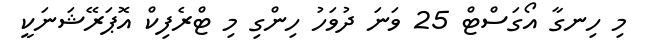
މި ހިނގާ އޯގަސްޓް 25 ވަނަ ދުވަހު ހިންގި މި ޓްރެފިކް އޮޕަރޭޝަނަކީ